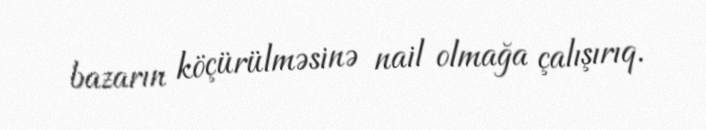
bazarın köçürülməsinə nail olmağa çalışırıq.